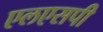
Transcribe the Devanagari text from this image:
एलएसपी